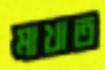
মাখাত